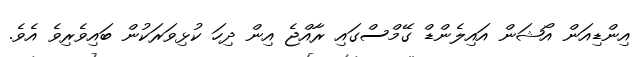
އިންޑިއަން އޯޝަން އައިލެންޑް ގޭމްސްގައި ރާއްޖެ އިން ދިހަ ކުޅިވަރަކުން ބައިވެރިވެ އެވެ.